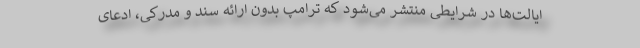
ایالت‌ها در شرایطی منتشر می‌شود که ترامپ بدون ارائه سند و مدرکی، ادعای